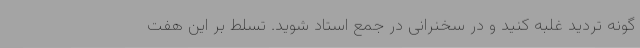
گونه تردید غلبه کنید و در سخنرانی در جمع استاد شوید. تسلط بر این هفت